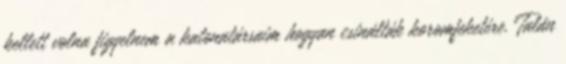
kellett volna figyelnem a katonatársaim hogyan csinálták koromfeketére. Talán